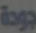
جودة